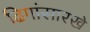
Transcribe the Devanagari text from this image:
ढिगांसारखे